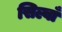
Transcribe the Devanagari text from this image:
सिल्वाँ